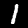
Digit: 1